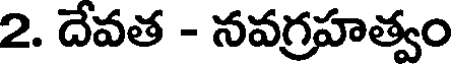
2. దేవత - నవగ్రహత్వం